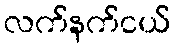
လက်နက်ငယ်